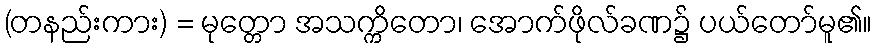
(တနည်းကား) = မုတ္တော အသက္ကိတော၊ အောက်ဖိုလ်ခဏ၌ ပယ်တော်မူ၏။